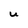
Character: u